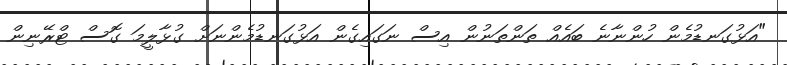
"އަޅުގަނޑުމެން ހުންނާނެ ބައެއް ތަންތަނުން އިސް ނަގައިގެން އަޅުގަނޑުމެންނަށް ގުޅާލީމަ ގޮސް ޓްރޭނިން